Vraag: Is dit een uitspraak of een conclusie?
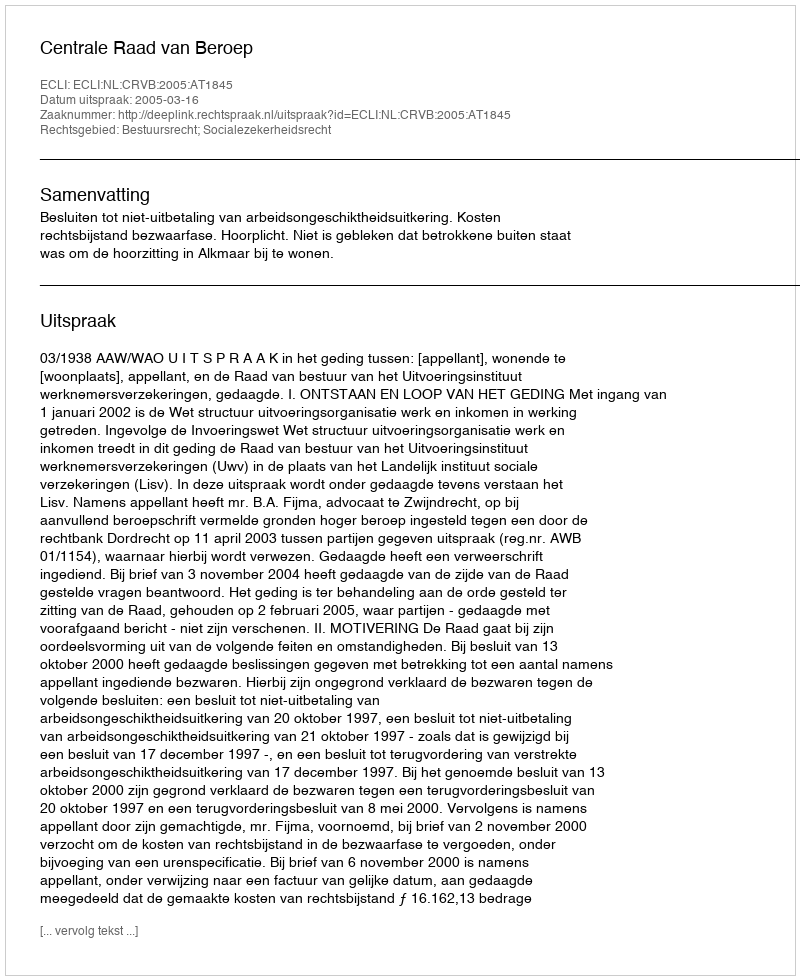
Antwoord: Uitspraak